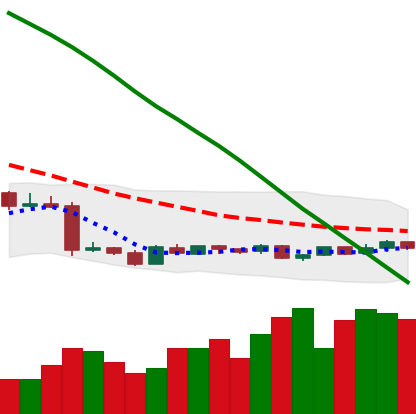
Ticker: XMR-USD
Chart end date: 2019-01-26
Forward return: -4.519%
Label: down_3_5